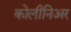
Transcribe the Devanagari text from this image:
कोलीनिअर